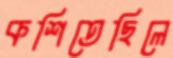
কশিতেছিলে